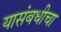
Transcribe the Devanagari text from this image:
यासंबधीचा